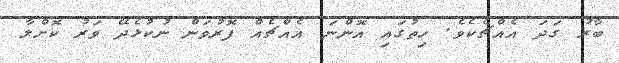
ބާރު ގަދަ އެއްޗެކެވެ. ހިތުގައި އޮންނަ އެއްޗެއް ފޮރުވަން ނުކުޅެދޭ ވަރު ކޮށްލާ